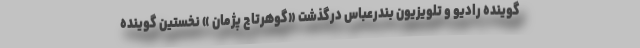
گوینده رادیو و تلویزیون بندرعباس درگذشت «گوهرتاج پژمان » نخستین گوینده